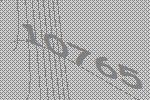
10765